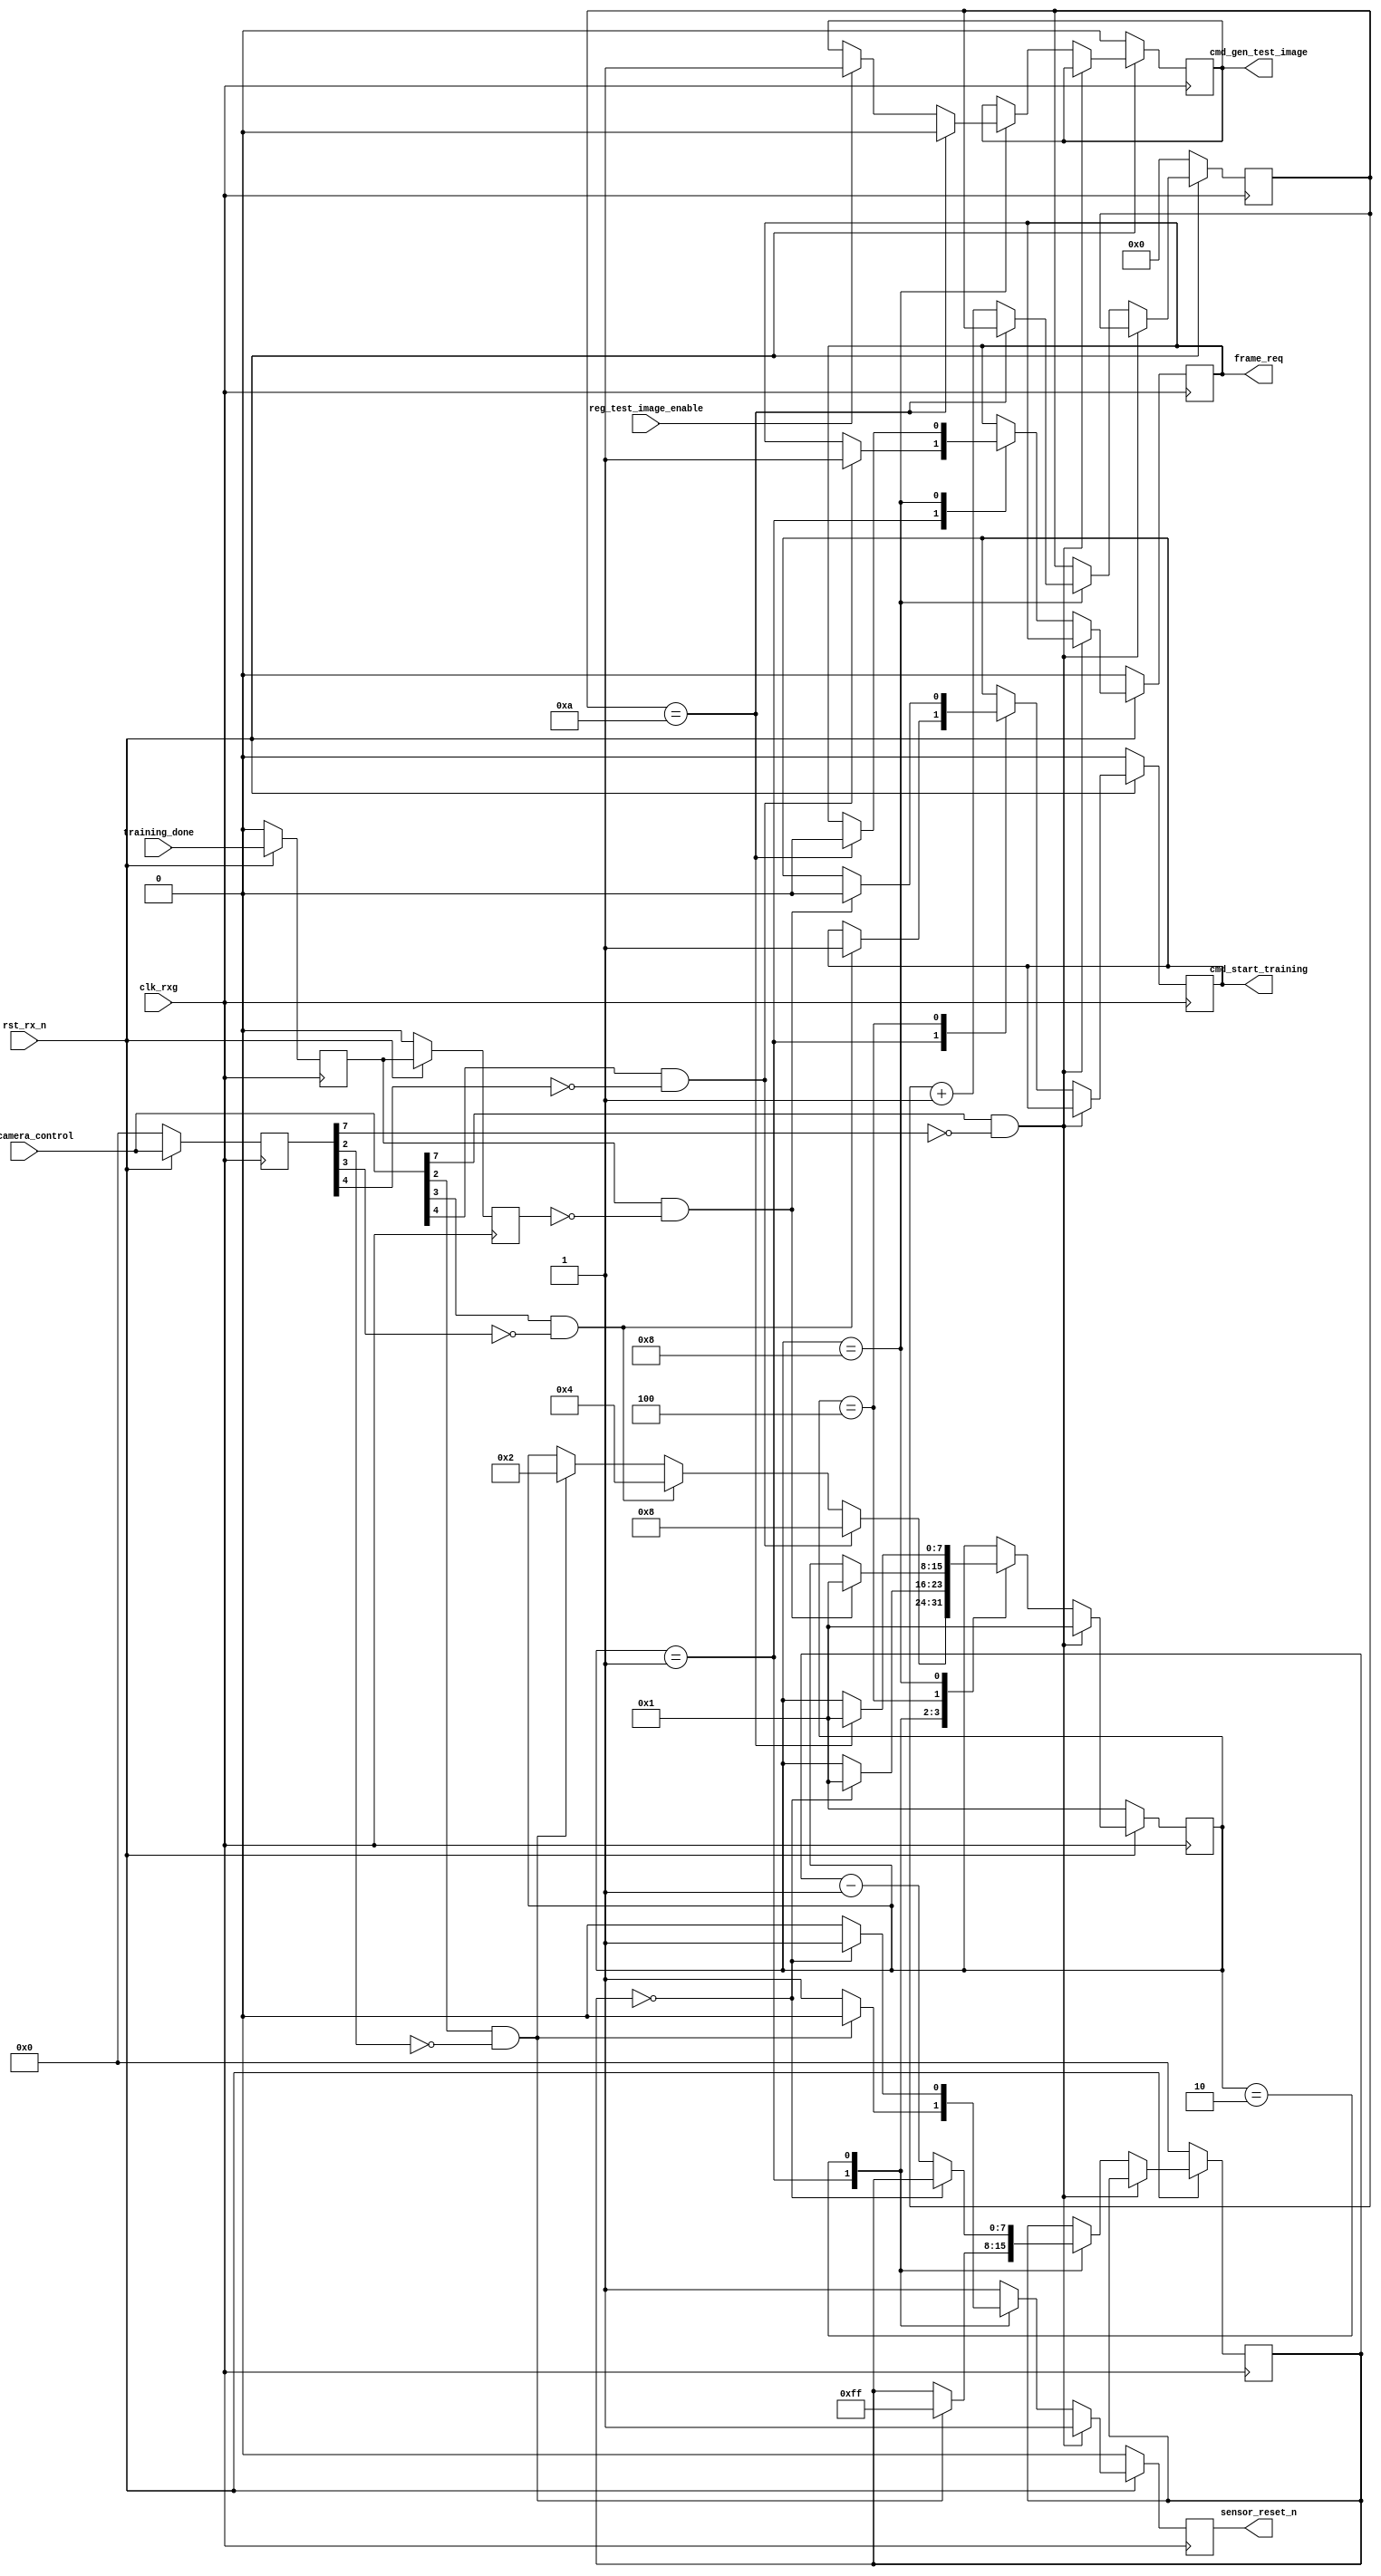
module sensor_controller(clk_rxg, rst_rx_n,
	reg_camera_control, reg_test_image_enable,
	training_done, //grab_done,
	cmd_start_training, cmd_gen_test_image, sensor_reset_n, frame_req
	);

	// clock & reset
	input				clk_rxg;
	input				rst_rx_n;
	
	// register
	input [7:0]		reg_camera_control;
	input				reg_test_image_enable;
	
	// done
	input				training_done;
	//input				grab_done;
	
	// cmd
	output			cmd_start_training;
	output			cmd_gen_test_image;
	output			sensor_reset_n;
	output			frame_req;
	
	
	reg				cmd_start_training;
	reg				cmd_gen_test_image;
	
	reg				sensor_reset_n;
	reg				frame_req;
	reg [9:0]		cnt_frame_req;
	
	reg [7:0]		fsm_controller;
	parameter 		s_IDLE 		= 8'b0000_0001,
						s_RESET		= 8'b0000_0010,
						s_TRAINING	= 8'b0000_0100,
						s_GRAB		= 8'b0000_1000;
	
	reg [7:0]		reg_camera_control_q;
	reg [7:0]		cnt_reset;
	
	reg				training_done_q;
	reg				training_done_qq;
	//reg				grab_done_q;
	
	
	
	always @(posedge clk_rxg) begin
		if (!rst_rx_n) begin
			fsm_controller			<= s_IDLE;
			
			cmd_start_training	<= 1'b0;
			cmd_gen_test_image	<= 1'b0;
			
			sensor_reset_n			<= 1'b0;
			frame_req				<= 1'b0;
			
			reg_camera_control_q	<= 8'b0000_0000;
			training_done_q		<= 1'b0;
			training_done_qq		<= 1'b0;
			cnt_reset				<= 8'd0;
			cnt_frame_req			<= 10'd0;
		end
		else begin
			sensor_reset_n			<= 1'b1;
			reg_camera_control_q	<= reg_camera_control;
			training_done_q		<= training_done;
			training_done_qq		<= training_done_q;
			//grab_done_q				<= grab_done;
			
			if (reg_camera_control[7] == 1'b1 && reg_camera_control_q[7] == 1'b0) begin
				fsm_controller		<= s_IDLE;
			end
			else begin
				case (fsm_controller) 
					s_IDLE:		begin
										// cc(0)
										if (reg_camera_control[0] == 1'b1 && reg_camera_control_q[0] == 1'b0) begin
											
										end
										// cc(1)
										if (reg_camera_control[1] == 1'b1 && reg_camera_control_q[1] == 1'b0) begin
											
										end
										// cc(2): reset sensor
										if (reg_camera_control[2] == 1'b1 && reg_camera_control_q[2] == 1'b0) begin
											fsm_controller			<= s_RESET;
											cnt_reset				<= 8'b1111_1111;
											sensor_reset_n			<= 1'b0;
										end
										// cc(3): start training
										if (reg_camera_control[3] == 1'b1 && reg_camera_control_q[3] == 1'b0) begin
											fsm_controller			<= s_TRAINING;
											cmd_start_training	<= 1'b1;
										end
										// cc(4): frame request
										if (reg_camera_control[4] == 1'b1 && reg_camera_control_q[4] == 1'b0) begin
											frame_req				<= 1'b1;
											fsm_controller			<= s_GRAB;
										end
										// cc(5): tbd
										if (reg_camera_control[5] == 1'b1 && reg_camera_control_q[5] == 1'b0) begin
										
										end
										// cc(6): tbd
										if (reg_camera_control[6] == 1'b1 && reg_camera_control_q[6] == 1'b0) begin
										
										end

									end
					s_RESET:		begin
										if (cnt_reset == 8'd0) begin
											sensor_reset_n	<= 1'b1;
											fsm_controller	<= s_IDLE;
										end
										else begin
											cnt_reset		<= cnt_reset - 8'd1; 
											sensor_reset_n	<= 1'b0;
										end
									end
					s_TRAINING:	begin
										if ((training_done_q == 1) && (training_done_qq == 0)) begin
											fsm_controller				<= s_IDLE;
											cmd_start_training		<= 1'b0;
										end
									end
					s_GRAB:		begin
										if (reg_test_image_enable == 1) begin
											cmd_gen_test_image	<= 1'b1;
										end
										if	(cnt_frame_req == 10'd10)begin
											fsm_controller			<= s_IDLE;
											cmd_gen_test_image	<= 1'b0;
											frame_req				<= 1'b0;
										end
										else begin
											cnt_frame_req			<= cnt_frame_req + 10'd1;
										end
										/*if ((grab_done == 1) && (grab_done_q == 0))begin
											fsm_controller			<= s_IDLE;
											cmd_gen_test_image	<= 1'b0;
											frame_req				<= 1'b0;
										end*/
									end
					
				endcase
			end
		end
	end	

endmodule